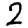
Digit: 2